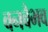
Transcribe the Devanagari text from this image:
वनवैभव